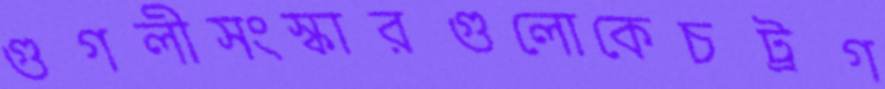
গুগলীসংস্কারগুলোকেচট্রগ